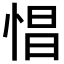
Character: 𢛽